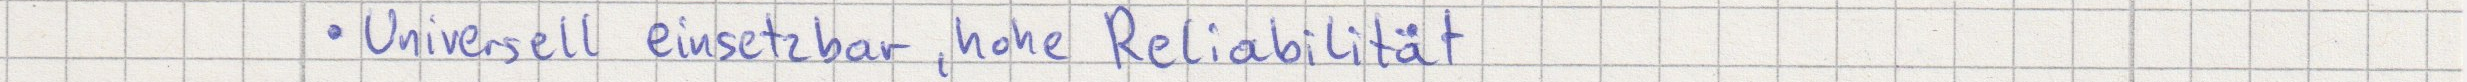
Universell einsetzbar, hohe Reliabilität